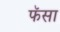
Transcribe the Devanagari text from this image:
फॅसा